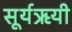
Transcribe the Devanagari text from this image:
सूर्यऋयी